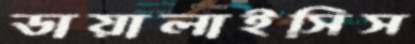
ডায়ালাইসিস